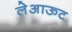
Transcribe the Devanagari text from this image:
लेअाऊट